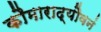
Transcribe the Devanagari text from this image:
कौमाराद्यौवनं